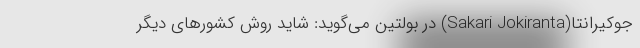
جوکیرانتا(Sakari Jokiranta) در بولتین می‌گوید: شاید روش کشورهای دیگر